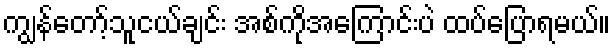
ကျွန်တော့်သူငယ်ချင်း အစ်ကိုအကြောင်းပဲ ထပ်ပြောရမယ်။